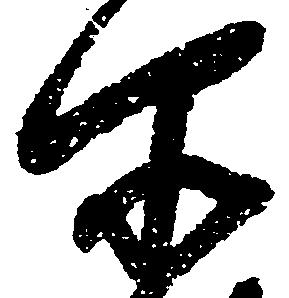
所